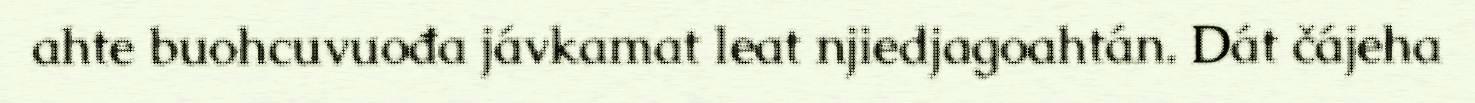
ahte buohcuvuođa jávkamat leat njiedjagoahtán. Dát čájeha